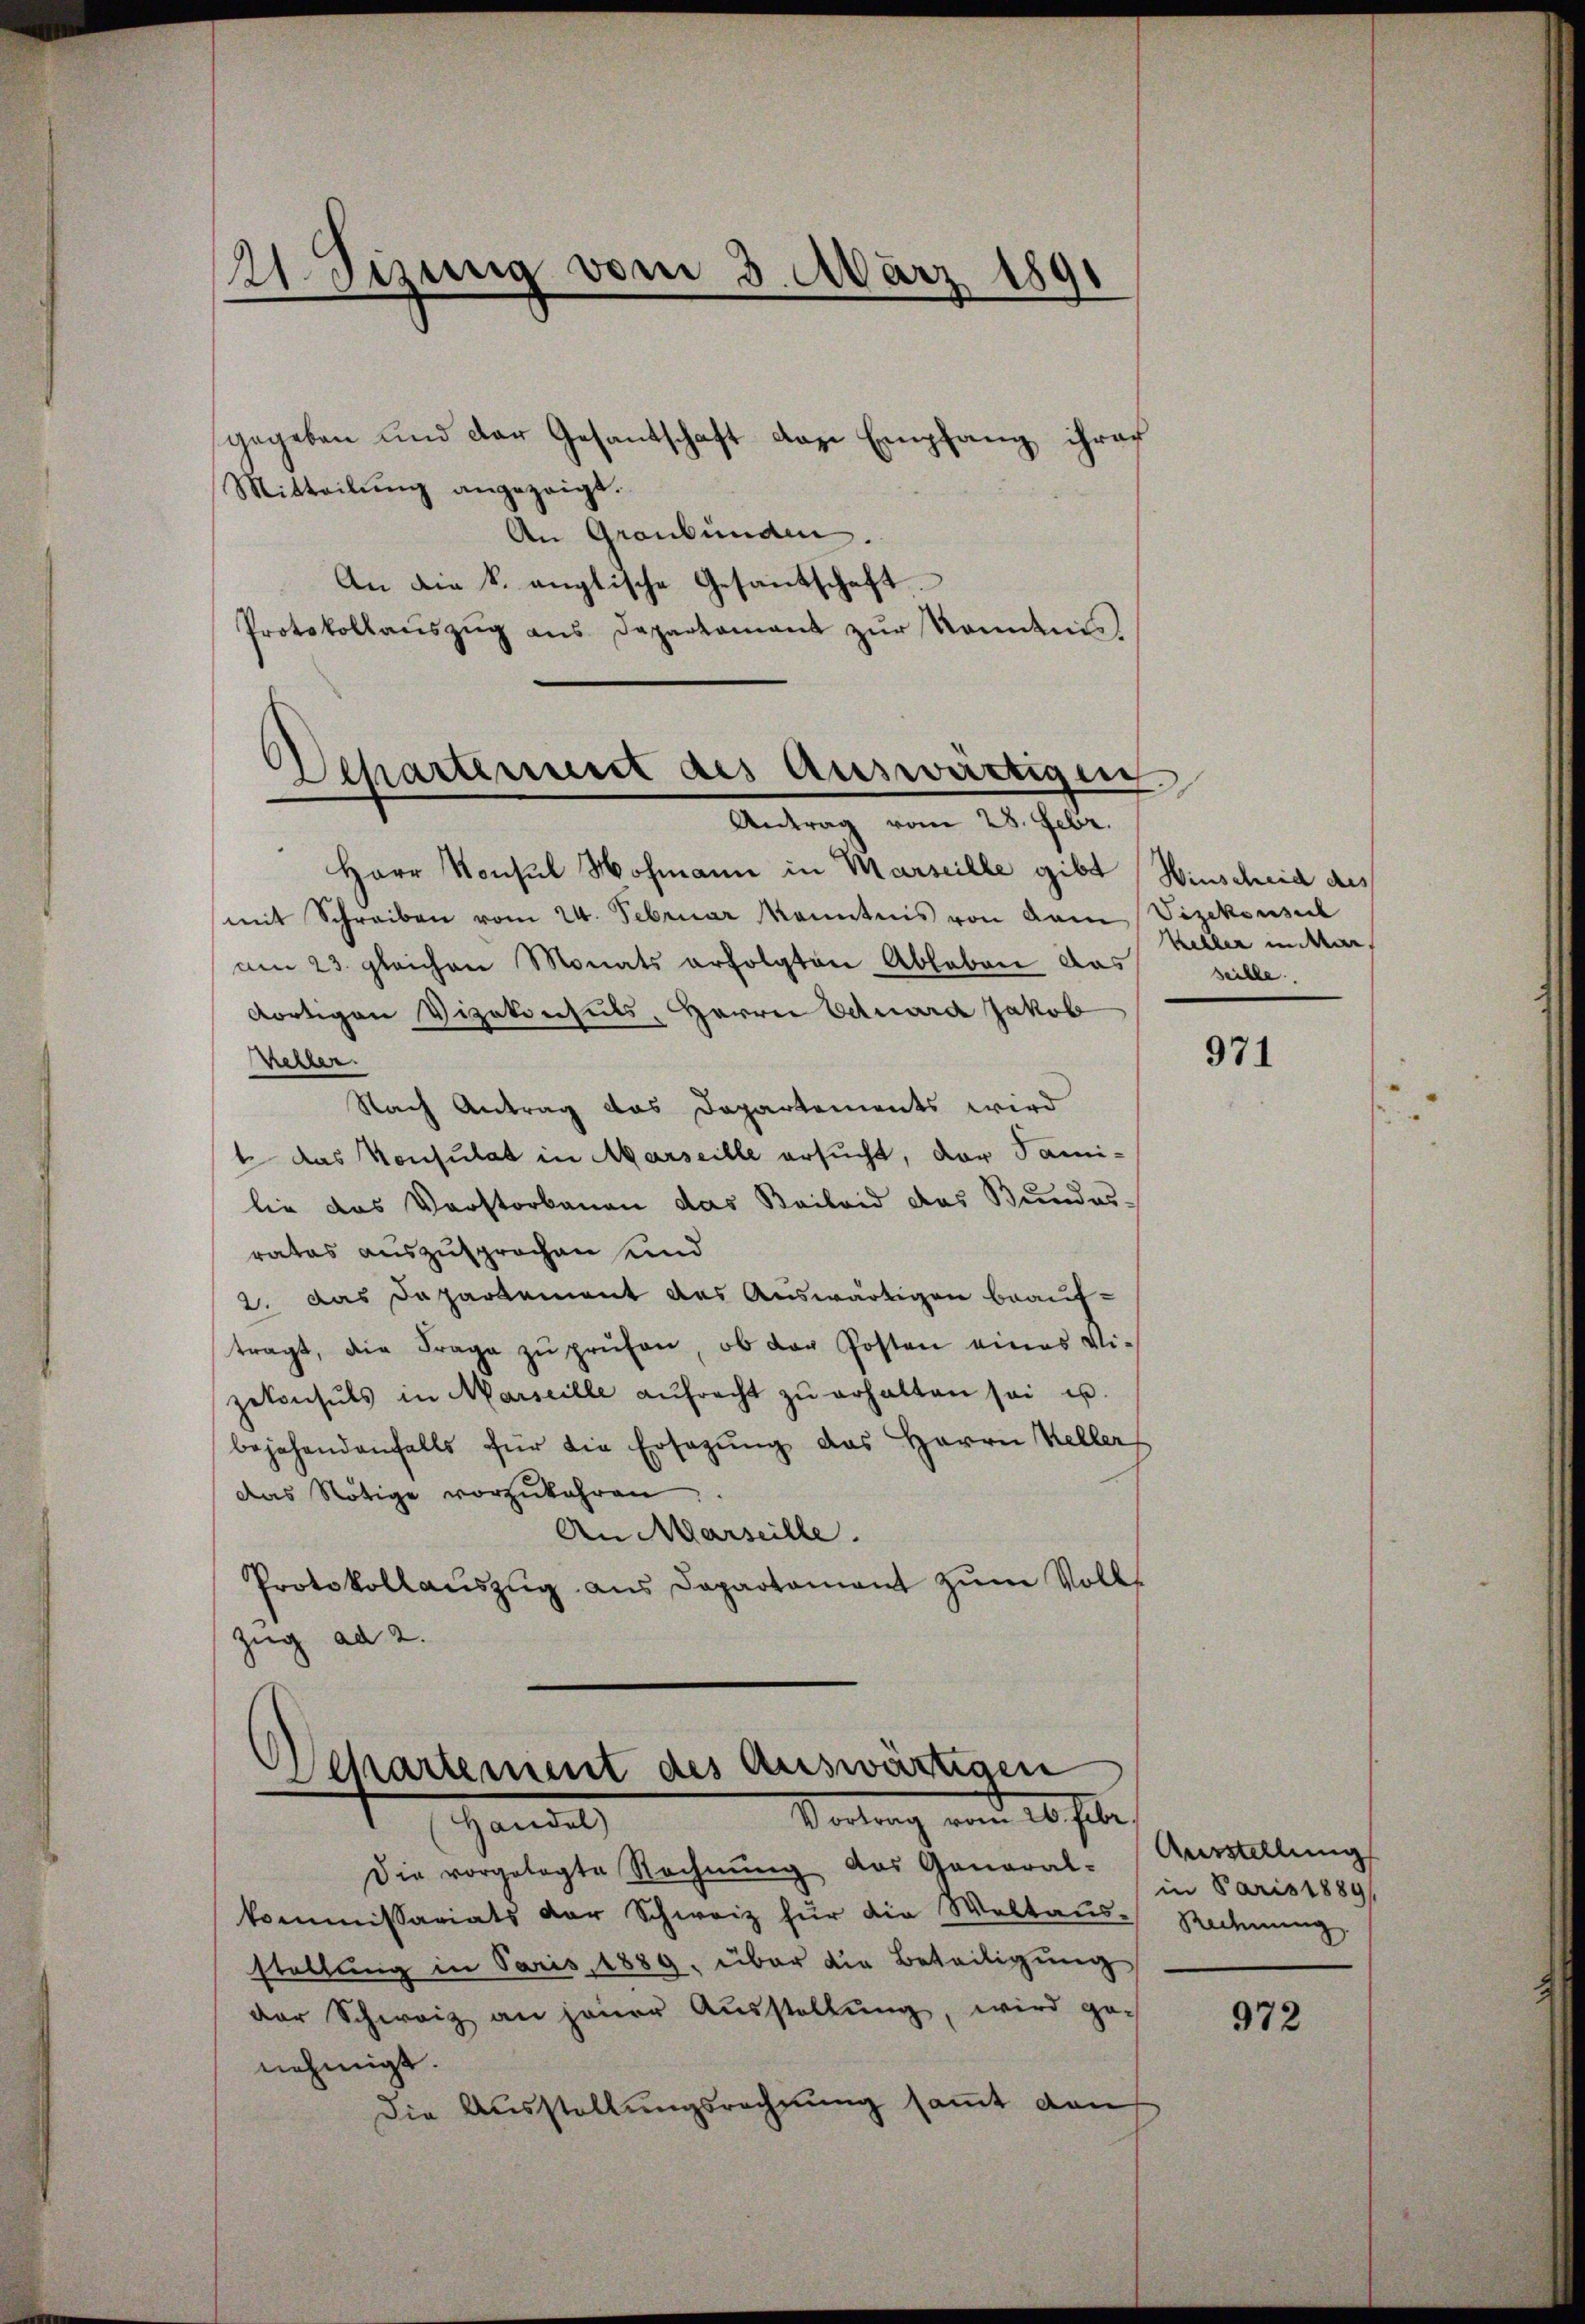
gegeben und der Gesantschaft das Empfang ihrer
Mitteilŭng angezeigt.
An Graubünden.
An die k. anglische Gesandschaft
Protokollaŭszŭg ans Departamant zŭr Kenntnis

21. Sizung vom 3. März 1891
d

Departement des Ausweistigen
3
Antrag vom 28. Febr.

Departement des Auswärtigen
Vortrag und es habe
Handel)

Herr Konsul Hofmann in Marseille gibt Winscheid des
mit Schreiben vom 24. Februar kenntnis von dem Vizekonsul
am 23. gleichen Monats erfolgten Abhaben das
dortigen Vizekonsuls, Herrn Eduard Jakob
Kehlen.
Nach Antrag das Departements wird
t das Konsulat in Marseille ersucht, der Fami-
lie das Vorstorbenen das Beileid das Bundes-
rates auszusprochen und
2. Das Departement des Auswärtigen beauftragt, die Frage zŭ prüfen, ob der Posten eines Vi-
zekonsuls in Marseille aŭfrecht zŭ erhalten sei u.
bejahendenfalls für die Ersatzung des Herrn Keller
Das Nötige vorzukehren
An Marseille.
Protokollaŭszŭg ans Departament zŭm Volks
zug ad 2.

Die vorgelegte Rechnŭng das Ganaral-
kommissariats der Schweiz für die Waltaŭs-Rechnung
stellung in Paris, 1889, über die Beteiligung
der Schweiz an jener Aŭsstellŭng, wird ge-
nehmigt.
Die Ausstellungsrechnung sammt dan

Keller in dar
seille

971

Ausstellung
in Paris 1889,

972